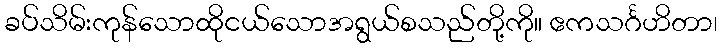
ခပ်သိမ်းကုန်သောထိုငယ်သောအရွယ်စသည်တို့ကို။ ဧကသင်္ဂဟိတာ၊